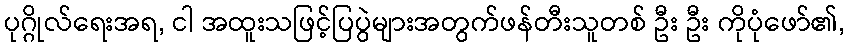
ပုဂ္ဂိုလ်ရေးအရ, ငါ အထူးသဖြင့်ပြပွဲများအတွက်ဖန်တီးသူတစ် ဦး ဦး ကိုပုံဖော်၏,